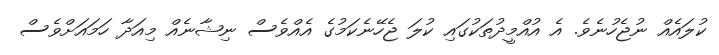
ކުލައެއް ނުޖެހުނެވެ. އެ އުއްމީދުތަކުގައި ކުލަ ޖެހޭނެކަމުގެ އެއްވެސް ނިޝާނެއް މިއަދާ ހަމައަށްވެސް